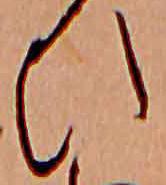
ひ